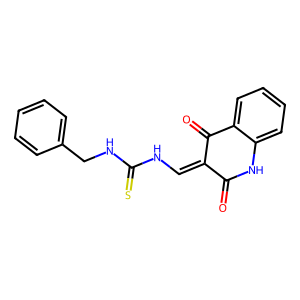
SMILES: O=C1Nc2ccccc2C(=O)C1=CNC(=S)NCc1ccccc1
Inhibits HIV replication: No